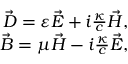
\begin{array} { r } { \vec { D } = \varepsilon \vec { E } + i \frac { \kappa } { c } \vec { H } , } \\ { \vec { B } = \mu \vec { H } - i \frac { \kappa } { c } \vec { E } , } \end{array}